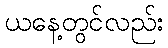
ယနေ့တွင်လည်း